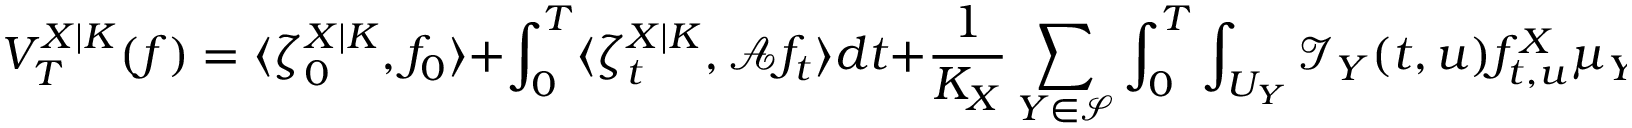
V _ { T } ^ { X | K } ( f ) = \langle \zeta _ { 0 } ^ { X | K } , f _ { 0 } \rangle + \int _ { 0 } ^ { T } \langle \zeta _ { t } ^ { X | K } , \mathcal { A } f _ { t } \rangle d t + \frac { 1 } { K _ { X } } \sum _ { Y \in \mathcal { S } } \int _ { 0 } ^ { T } \int _ { U _ { Y } } \mathcal { I } _ { Y } ( t , u ) f _ { t , u } ^ { X } \mu _ { Y } ( d u ) d t .